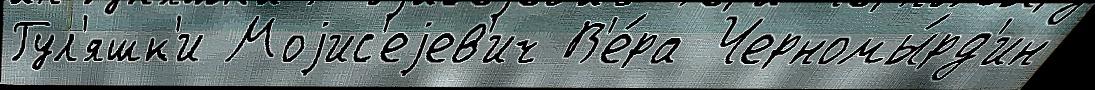
Гул'яшк'и Моjис'еjев'ич В'е́ра Черномы́рд'ин